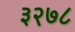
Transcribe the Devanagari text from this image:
३२७८